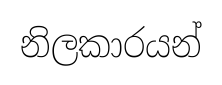
නිලකාරයන්